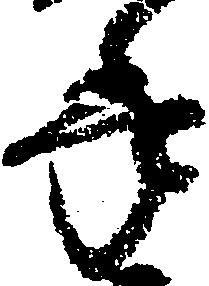
年